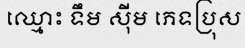
ឈ្មោះ ទឹម ស៊ីម ភេទប្រុស